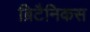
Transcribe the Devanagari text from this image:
ब्रिटैनिकस